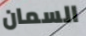
السمان